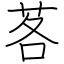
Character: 茖